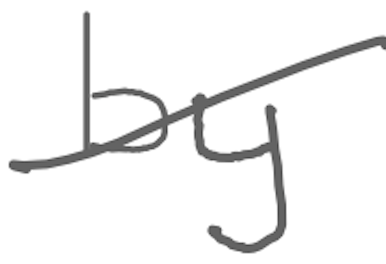
Text: by
Cross-out: diagonal
Writing tool: digital_gray